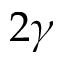
2 \gamma